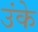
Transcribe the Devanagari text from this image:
उंके